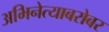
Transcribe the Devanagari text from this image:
अभिनेत्याबरोबर